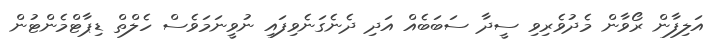
އަލިފާން ރޯވާން މެދުވެރިވި ސީދާ ސަބަބެއް އަދި ދެނެގަނެވިފައި ނުވީނަމަވެސް ހެލްތް ޑިޕާޓްމެންޓުން